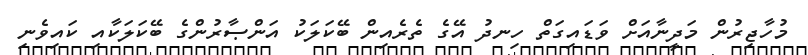
މުހާޖިރުން މަދީނާއަށް ވަޑައިގަތް ހިނދު އޭގެ ތެރެއިން ބޭކަލަކު އަންޞާރުންގެ ބޭކަލަކާއި ކައިވެނި